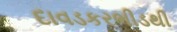
દાવડકરભીડથી